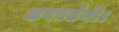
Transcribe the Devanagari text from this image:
अपवर्तनी।